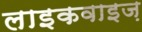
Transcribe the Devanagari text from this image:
लाइकवाइज़